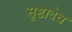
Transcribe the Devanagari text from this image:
सृष्टादेव